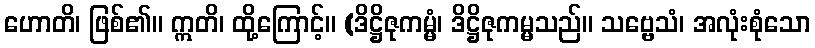
ဟောတိ၊ ဖြစ်၏။ ဣတိ၊ ထို့ကြောင့်။ (ဒိဋ္ဌိဇုကမ္မံ၊ ဒိဋ္ဌိဇုကမ္မသည်။ သဗ္ဗေသံ၊ အလုံးစုံသော